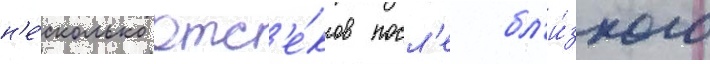
н'е́сколько отс'е́ков посл'е бл'и́зкого